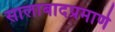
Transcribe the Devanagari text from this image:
सालाबादप्रमाणे